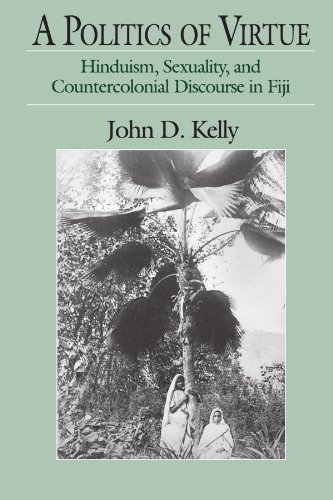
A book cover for A Politics of Virtue: Hinduism, Sexuality, and Countercolonial Discourse in Fiji; John D. Kelly; History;